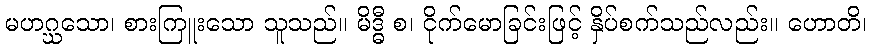
မဟဂ္ဃသော၊ စားကြူးသော သူသည်။ မိဒ္ဓီ စ၊ ငိုက်မောခြင်းဖြင့် နှိပ်စက်သည်လည်း။ ဟောတိ၊